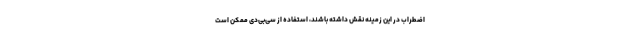
اضطراب در این زمینه نقش داشته باشند، استفاده از سی‌بی‌دی ممکن است